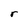
Character: r